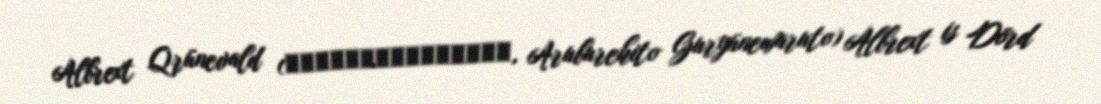
Albrext Qrünevald (アルブレヒト・グリューネワルト, Aruburehito Guryūnewaruto) Albrext is Dörd